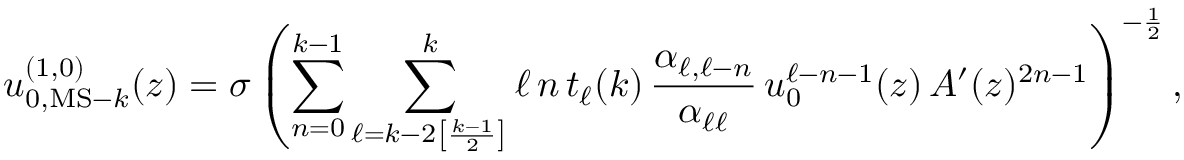
u _ { 0 , { \mathrm { M S - } } k } ^ { ( 1 , 0 ) } ( z ) = \sigma \left( \sum _ { n = 0 } ^ { k - 1 } \sum _ { \ell = k - 2 \left[ \frac { k - 1 } { 2 } \right] } ^ { k } \ell \, n \, t _ { \ell } ( k ) \, \frac { \alpha _ { \ell , \ell - n } } { \alpha _ { \ell \ell } } \, u _ { 0 } ^ { \ell - n - 1 } ( z ) \, A ^ { \prime } ( z ) ^ { 2 n - 1 } \right) ^ { - \frac { 1 } { 2 } } ,